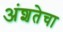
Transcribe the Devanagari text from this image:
अंशतेचा